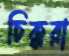
চিক্করা